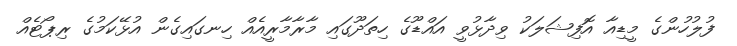
ފުލުހުންގެ މީޑިއާ އޮފިޝަލަކު ވިދާޅުވީ އައްޑޫގެ ހިތަދޫގައި މާރާމާރީއެއް ހިނގައިގެން އުޅޭކަމުގެ ރިޕޯޓެއް